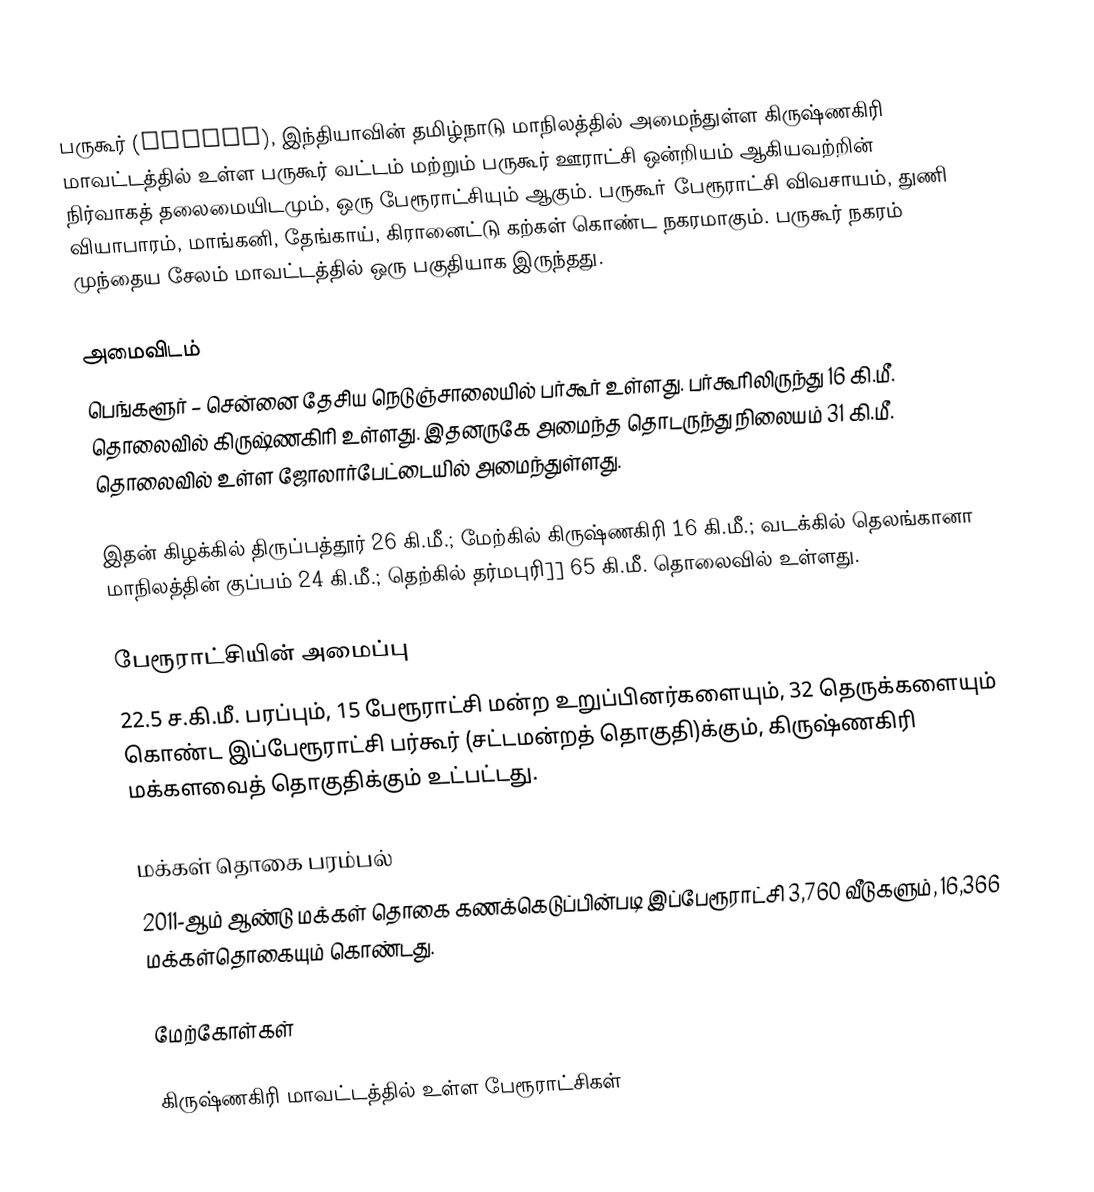
பருகூர் (Bargur), இந்தியாவின் தமிழ்நாடு மாநிலத்தில் அமைந்துள்ள கிருஷ்ணகிரி மாவட்டத்தில் உள்ள பருகூர் வட்டம் மற்றும் பருகூர் ஊராட்சி ஒன்றியம் ஆகியவற்றின் நிர்வாகத் தலைமையிடமும், ஒரு பேரூராட்சியும் ஆகும். பருகூா் பேரூராட்சி விவசாயம், துணி வியாபாரம், மாங்கனி, தேங்காய், கிரானைட்டு கற்கள் கொண்ட நகரமாகும். பருகூர் நகரம் முந்தைய சேலம் மாவட்டத்தில் ஒரு பகுதியாக இருந்தது.

அமைவிடம்
பெங்களூர் – சென்னை  தேசிய நெடுஞ்சாலையில் பர்கூர் உள்ளது. பர்கூரிலிருந்து 16 கி.மீ. தொலைவில் கிருஷ்ணகிரி உள்ளது. இதனருகே அமைந்த தொடருந்து நிலையம் 31 கி.மீ. தொலைவில் உள்ள ஜோலார்பேட்டையில் அமைந்துள்ளது.

இதன் கிழக்கில் திருப்பத்தூர் 26 கி.மீ.; மேற்கில் கிருஷ்ணகிரி 16 கி.மீ.; வடக்கில் தெலங்கானா மாநிலத்தின் குப்பம் 24 கி.மீ.; தெற்கில் தர்மபுரி]] 65 கி.மீ. தொலைவில் உள்ளது.

பேரூராட்சியின் அமைப்பு
22.5  ச.கி.மீ. பரப்பும், 15 பேரூராட்சி மன்ற  உறுப்பினர்களையும், 32 தெருக்களையும்   கொண்ட இப்பேரூராட்சி பர்கூர்   (சட்டமன்றத் தொகுதி)க்கும், கிருஷ்ணகிரி மக்களவைத் தொகுதிக்கும் உட்பட்டது.

மக்கள் தொகை பரம்பல்
2011-ஆம் ஆண்டு மக்கள் தொகை கணக்கெடுப்பின்படி  இப்பேரூராட்சி  3,760      வீடுகளும், 16,366 மக்கள்தொகையும் கொண்டது.

மேற்கோள்கள்

கிருஷ்ணகிரி மாவட்டத்தில் உள்ள பேரூராட்சிகள்